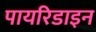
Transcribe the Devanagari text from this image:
पायरिडाइन